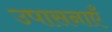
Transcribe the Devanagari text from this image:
उपासनाएँ